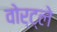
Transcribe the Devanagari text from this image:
वोर्ट्ले